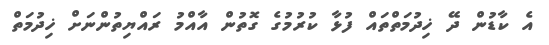
އެ ކާޑުން ދޭ ޚިދުމަތްތައް ފުޅާ ކުރުމުގެ ގޮތުން އާއްމު ރައްޔިތުންނަށް ޚިދުމަތް